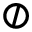
\oslash